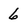
Character: 6